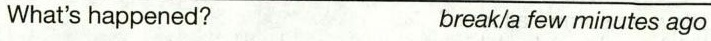
What's happened? break/a few minutes ago